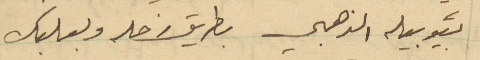
بيوبيله الذهبي بطريق زحلة وبعلبك